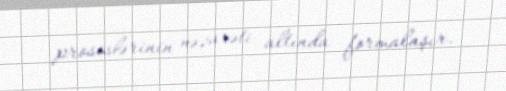
proseslərinin nəzarəti altında formalaşır.